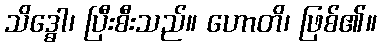
သိဒ္ဓော၊ ပြီးစီးသည်။ ဟောတိ၊ ဖြစ်၏။